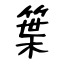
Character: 䈎